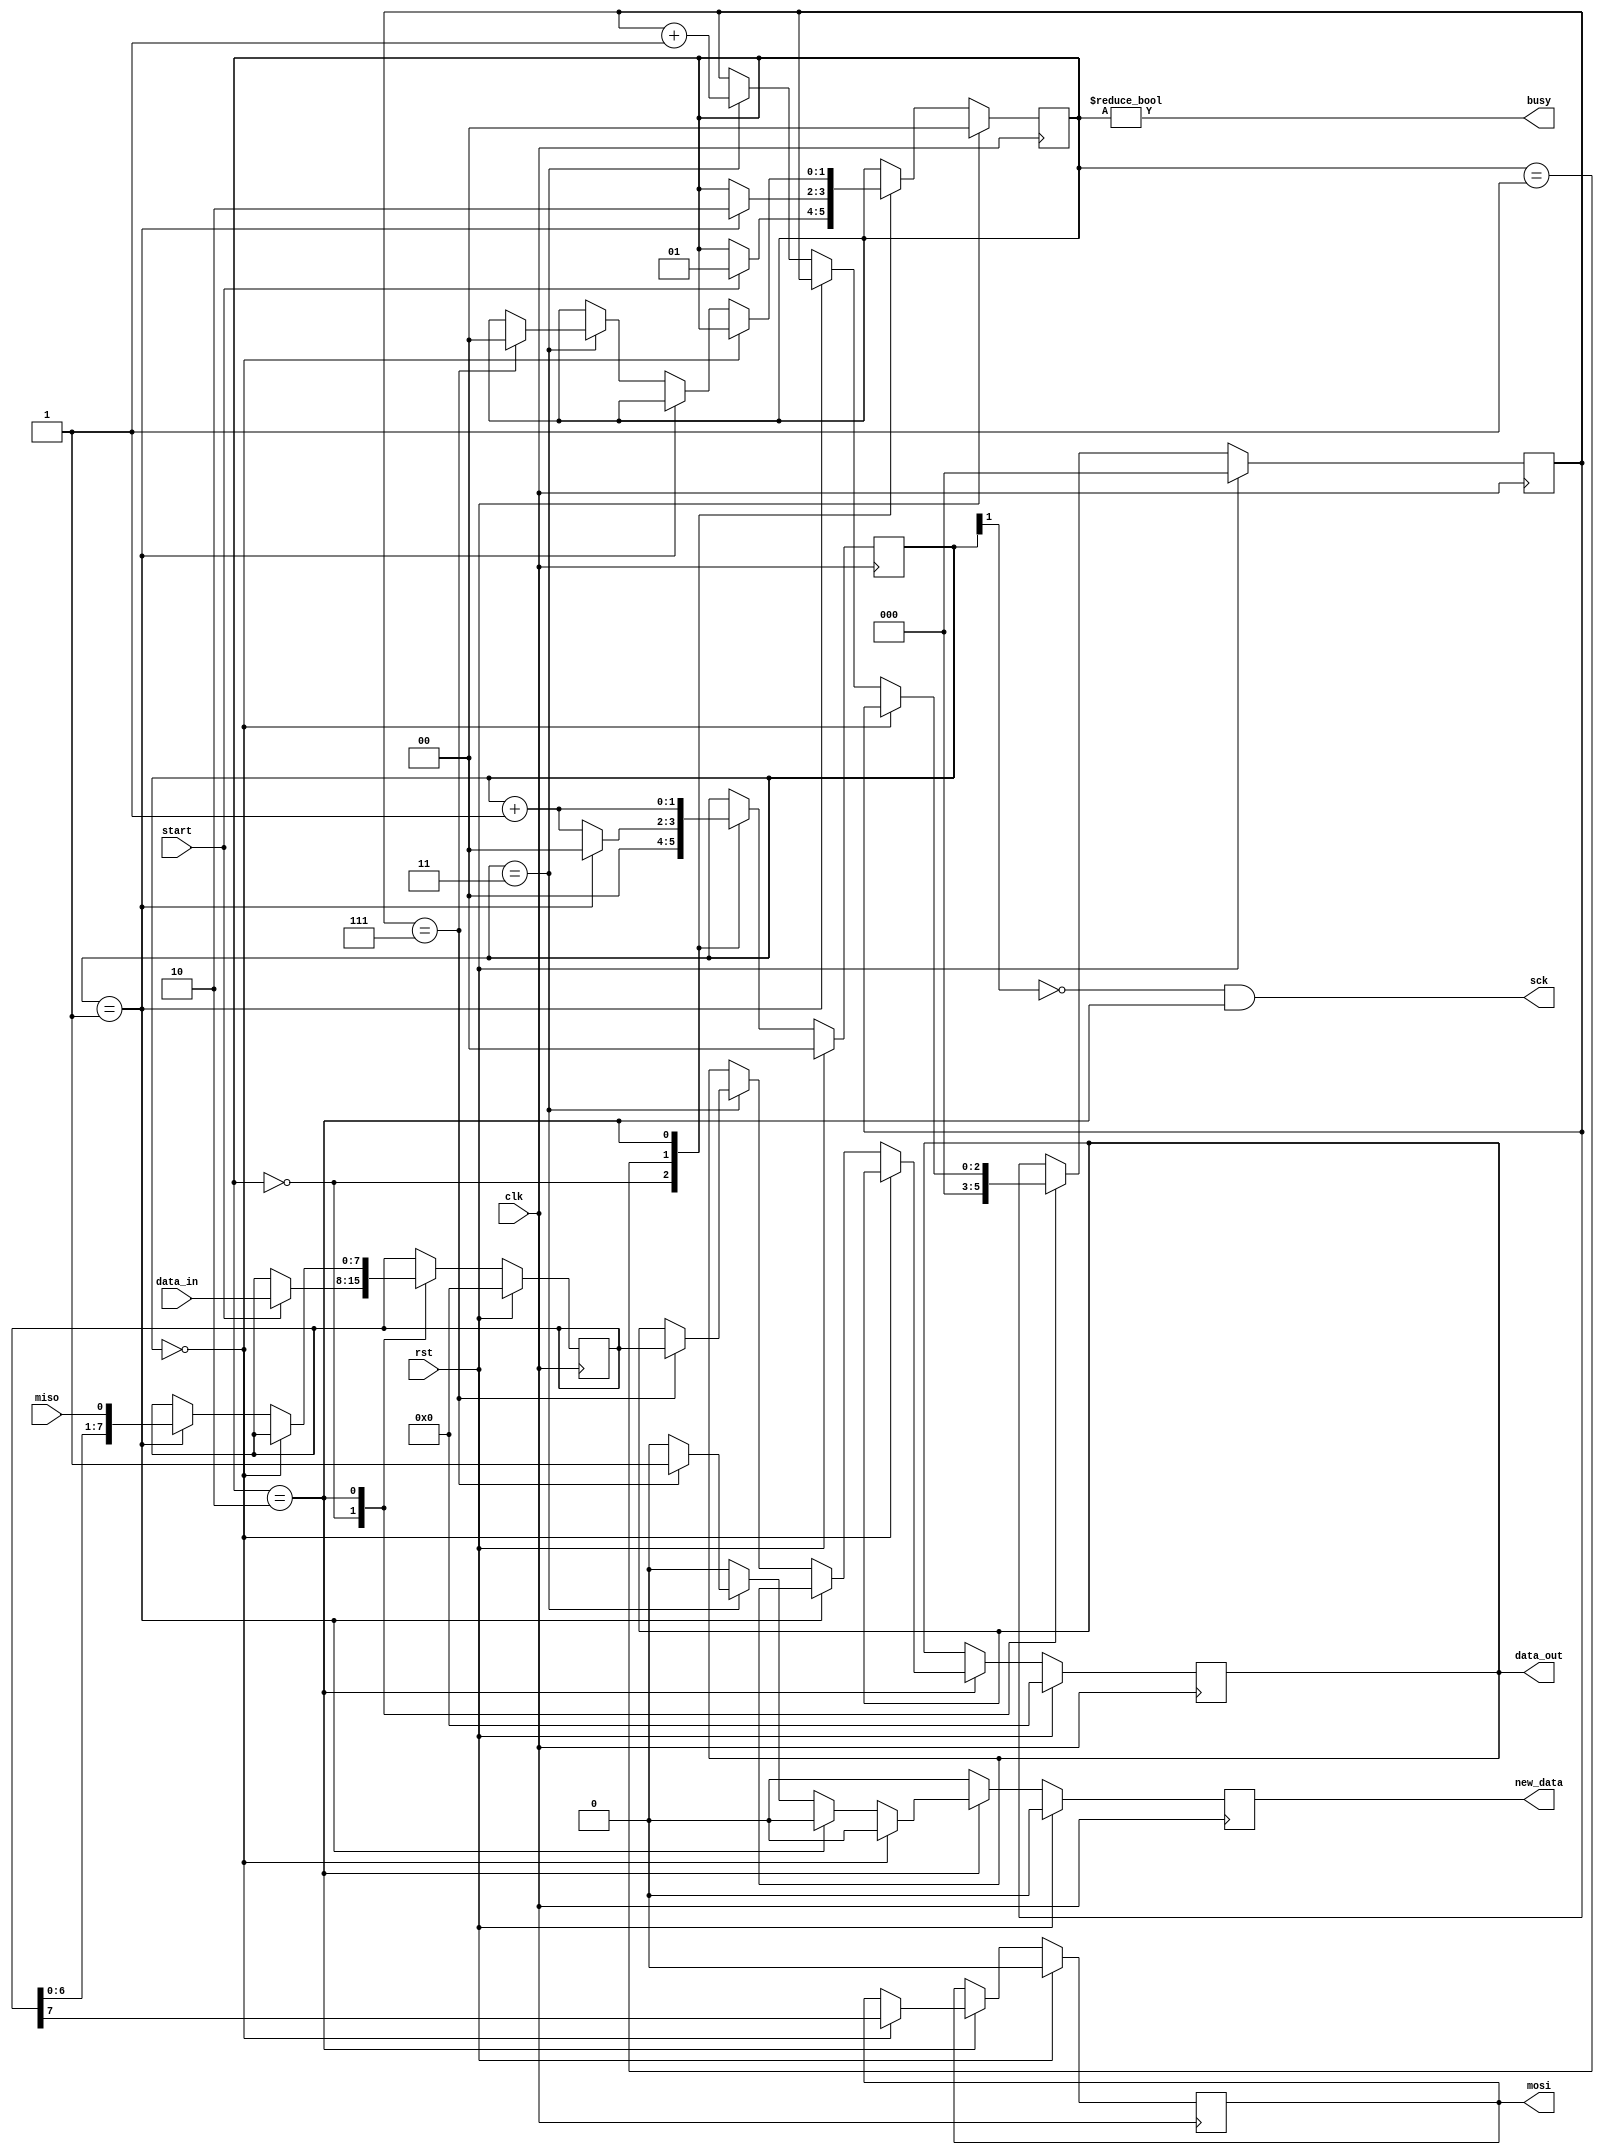
module spi #(parameter CLK_DIV = 2)(
    input clk,
    input rst,
    input miso,
    output mosi,
    output sck,
    input start,
    input[7:0] data_in,
    output[7:0] data_out,
    output busy,
    output new_data
  );
 
  localparam STATE_SIZE = 2;
  localparam IDLE = 2'd0,
    WAIT_HALF = 2'd1,
    TRANSFER = 2'd2;
 
  reg [STATE_SIZE-1:0] state_d, state_q;
 
  reg [7:0] data_d, data_q;
  reg [CLK_DIV-1:0] sck_d, sck_q;
  reg mosi_d, mosi_q;
  reg [2:0] ctr_d, ctr_q;
  reg new_data_d, new_data_q;
  reg [7:0] data_out_d, data_out_q;
 
  assign mosi = mosi_q;
  assign sck = (~sck_q[CLK_DIV-1]) & (state_q == TRANSFER);
  assign busy = state_q != IDLE;
  assign data_out = data_out_q;
  assign new_data = new_data_q;
 
  always @(*) begin
    sck_d = sck_q;
    data_d = data_q;
    mosi_d = mosi_q;
    ctr_d = ctr_q;
    new_data_d = 1'b0;
    data_out_d = data_out_q;
    state_d = state_q;
 
    case (state_q)
      IDLE: begin
        sck_d = 4'b0;              // reset clock counter
        ctr_d = 3'b0;              // reset bit counter
        if (start == 1'b1) begin   // if start command
          data_d = data_in;        // copy data to send
          state_d = WAIT_HALF;     // change state
        end
      end
      WAIT_HALF: begin
        sck_d = sck_q + 1'b1;                  // increment clock counter
        if (sck_q == {CLK_DIV-1{1'b1}}) begin  // if clock is half full (about to fall)
          sck_d = 1'b0;                        // reset to 0
          state_d = TRANSFER;                  // change state
        end
      end
      TRANSFER: begin
        sck_d = sck_q + 1'b1;                           // increment clock counter
        if (sck_q == 4'b0000) begin                     // if clock counter is 0
          mosi_d = data_q[7];                           // output the MSB of data
        end else if (sck_q == {CLK_DIV-1{1'b1}}) begin  // else if it's half full (about to fall)
          data_d = {data_q[6:0], miso};                 // read in data (shift in)
        end else if (sck_q == {CLK_DIV{1'b1}}) begin    // else if it's full (about to rise)
          ctr_d = ctr_q + 1'b1;                         // increment bit counter
          if (ctr_q == 3'b111) begin                    // if we are on the last bit
            state_d = IDLE;                             // change state
            data_out_d = data_q;                        // output data
            new_data_d = 1'b1;                          // signal data is valid
          end
        end
      end
    endcase
  end
 
  always @(posedge clk) begin
    if (rst) begin
      ctr_q <= 3'b0;
      data_q <= 8'b0;
      sck_q <= 4'b0;
      mosi_q <= 1'b0;
      state_q <= IDLE;
      data_out_q <= 8'b0;
      new_data_q <= 1'b0;
    end else begin
      ctr_q <= ctr_d;
      data_q <= data_d;
      sck_q <= sck_d;
      mosi_q <= mosi_d;
      state_q <= state_d;
      data_out_q <= data_out_d;
      new_data_q <= new_data_d;
    end
  end
 
endmodule